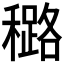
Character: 𰨼